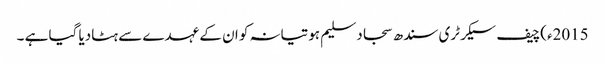
2015ء)چیف سیکرٹری سندھ سجاد سلیم ہوتیانہ کو ان کے عہدے سے ہٹادیا گیا ہے ۔